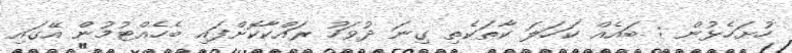
ހުށަހެޅުން : ބައެއް ކަހަލަ ކާތަކެތި ގިނަ ދުވަހު ރައްކާކޮށްފައި ބެހެއްޓުމުން އޭގައި